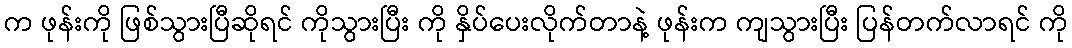
က ဖုန်းကို ဖြစ်သွားပြီဆိုရင် ကိုသွားပြီး ကို နှိပ်ပေးလိုက်တာနဲ့ ဖုန်းက ကျသွားပြီး ပြန်တက်လာရင် ကို